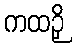
ကထဉှိ